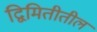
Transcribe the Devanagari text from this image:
द्विमितीतील